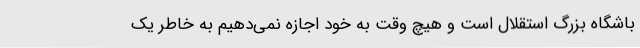
باشگاه بزرگ استقلال است و هیچ وقت به خود اجازه نمی‌دهیم به خاطر یک